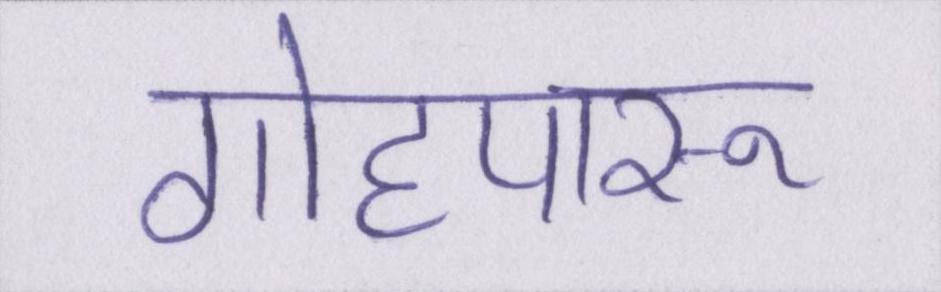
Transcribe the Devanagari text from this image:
गोहपारू